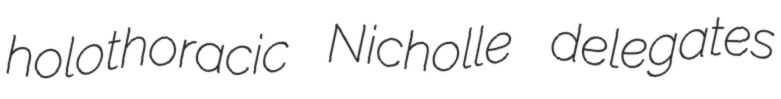
holothoracic Nicholle delegates